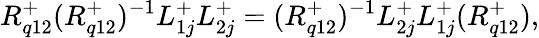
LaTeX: {R}_{q12}^{+}({R}_{q12}^{+})^{-1}L_{1j}^{+}L_{2j}^{+}=({R}_{q12}^{+})^{-1}L_{2j}^{+}L_{1j}^{+}({R}_{q12}^{+}),